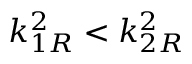
k _ { 1 R } ^ { 2 } < k _ { 2 R } ^ { 2 }